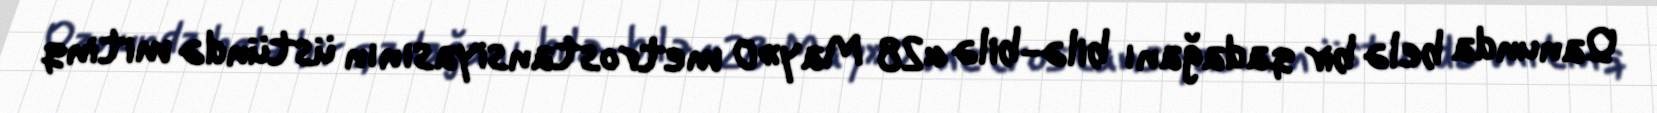
Qanunda belə bir qadağanı bilə-bilə «28 May»0 metrostansiyasının üstündə mitinq